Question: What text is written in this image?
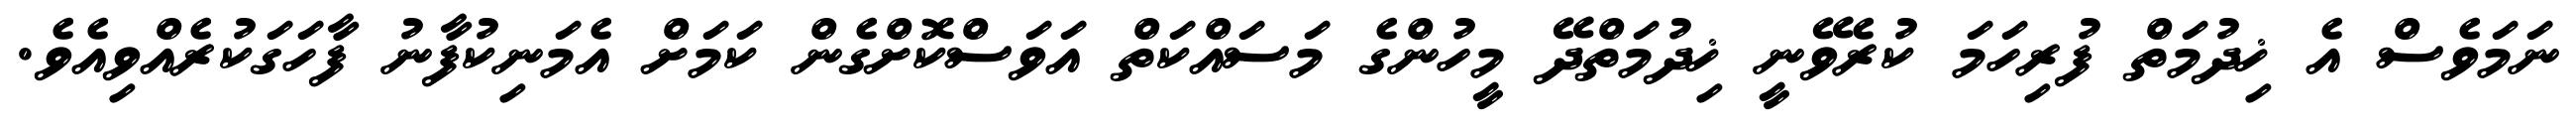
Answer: ނަމަވެސް އެ ޚިދުމަތް ފުރިހަމަ ކުރެވޭނީ ޚިދުމަތްދޭ މީހުންގެ މަސައްކަތް އަވަސްކޮށްގެން ކަމަށް އެމަނިކުފާނު ފާހަގަކުރެއްވިއެވެ.